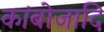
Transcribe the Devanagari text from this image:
कांबोजादि